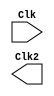
/// divide clock from 50MHz to 1Hz

module part3(Clk, Clk2);
	input Clk;
	output reg Clk2;
	
endmodule